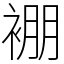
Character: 䙀